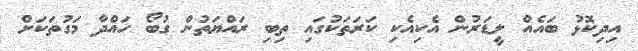
އިދިކޮޅު ބައެއް ލީޑަރުން އެކިއެކި ކަރަތަކުގައި ތިބި ރައްޔަތުން ގުބޯ ހައްދާ މަގުތަކަށް